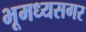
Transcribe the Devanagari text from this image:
भूमध्यसगर